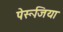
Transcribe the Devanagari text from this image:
पेरूजिया